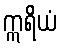
ဣရိယံ